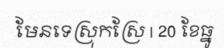
មែនទេស្រុកស្រែ | 20 ខែធ្នូ